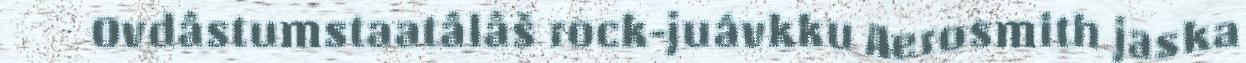
Ovdâstumstaatâlâš rock-juávkku Aerosmith jaska